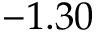
- 1 . 3 0